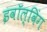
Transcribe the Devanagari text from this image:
इवॉल्विंग